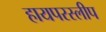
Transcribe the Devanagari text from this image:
हायपरस्लीप